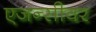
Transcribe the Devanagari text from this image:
एजन्सीवर